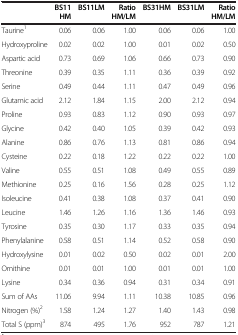
<table><thead><tr><td><b> </b></td><td><b>BS11 HM</b></td><td><b>BS11LM</b></td><td><b>Ratio HM/LM</b></td><td><b>BS31HM</b></td><td><b>BS31LM</b></td><td><b>Ratio HM/LM</b></td></tr></thead><tbody><tr><td>Taurine<sup>1</sup></td><td>0.06</td><td>0.06</td><td>1.00</td><td>0.06</td><td>0.06</td><td>1.00</td></tr><tr><td>Hydroxyproline</td><td>0.02</td><td>0.02</td><td>1.00</td><td>0.01</td><td>0.02</td><td>0.50</td></tr><tr><td>Aspartic acid</td><td>0.73</td><td>0.69</td><td>1.06</td><td>0.66</td><td>0.73</td><td>0.90</td></tr><tr><td>Threonine</td><td>0.39</td><td>0.35</td><td>1.11</td><td>0.36</td><td>0.39</td><td>0.92</td></tr><tr><td>Serine</td><td>0.49</td><td>0.44</td><td>1.11</td><td>0.47</td><td>0.49</td><td>0.96</td></tr><tr><td>Glutamic acid</td><td>2.12</td><td>1.84</td><td>1.15</td><td>2.00</td><td>2.12</td><td>0.94</td></tr><tr><td>Proline</td><td>0.93</td><td>0.83</td><td>1.12</td><td>0.90</td><td>0.93</td><td>0.97</td></tr><tr><td>Glycine</td><td>0.42</td><td>0.40</td><td>1.05</td><td>0.39</td><td>0.42</td><td>0.93</td></tr><tr><td>Alanine</td><td>0.86</td><td>0.76</td><td>1.13</td><td>0.81</td><td>0.86</td><td>0.94</td></tr><tr><td>Cysteine</td><td>0.22</td><td>0.18</td><td>1.22</td><td>0.22</td><td>0.22</td><td>1.00</td></tr><tr><td>Valine</td><td>0.55</td><td>0.51</td><td>1.08</td><td>0.49</td><td>0.55</td><td>0.89</td></tr><tr><td>Methionine</td><td>0.25</td><td>0.16</td><td>1.56</td><td>0.28</td><td>0.25</td><td>1.12</td></tr><tr><td>Isoleucine</td><td>0.41</td><td>0.38</td><td>1.08</td><td>0.37</td><td>0.41</td><td>0.90</td></tr><tr><td>Leucine</td><td>1.46</td><td>1.26</td><td>1.16</td><td>1.36</td><td>1.46</td><td>0.93</td></tr><tr><td>Tyrosine</td><td>0.35</td><td>0.30</td><td>1.17</td><td>0.33</td><td>0.35</td><td>0.94</td></tr><tr><td>Phenylalanine</td><td>0.58</td><td>0.51</td><td>1.14</td><td>0.52</td><td>0.58</td><td>0.90</td></tr><tr><td>Hydroxylysine</td><td>0.01</td><td>0.02</td><td>0.50</td><td>0.02</td><td>0.01</td><td>2.00</td></tr><tr><td>Ornithine</td><td>0.01</td><td>0.01</td><td>1.00</td><td>0.01</td><td>0.01</td><td>1.00</td></tr><tr><td>Lysine</td><td>0.34</td><td>0.36</td><td>0.94</td><td>0.31</td><td>0.34</td><td>0.91</td></tr><tr><td>Sum of AAs</td><td>11.06</td><td>9.94</td><td>1.11</td><td>10.38</td><td>10.85</td><td>0.96</td></tr><tr><td>Nitrogen (%)<sup>2</sup></td><td>1.58</td><td>1.24</td><td>1.27</td><td>1.40</td><td>1.43</td><td>0.98</td></tr><tr><td>Total S (ppm)<sup>3</sup></td><td>874</td><td>495</td><td>1.76</td><td>952</td><td>787</td><td>1.21</td></tr></tbody></table>